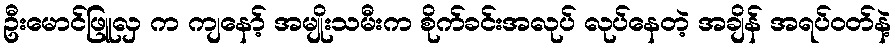
ဦးမောင်ဖြူလှ က ကျနော့် အမျိုးသမီးက စိုက်ခင်းအလုပ် လုပ်နေတဲ့ အချိန် အရပ်ဝတ်နဲ့